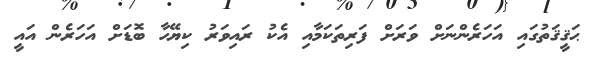
ޙަޤީޤަތުގައި އަހަރެންނަށް ވަރަށް ފަރިތަކަމާއި އެކު ރައިވަރު ކިޔޭހާ ބޮޑަށް އަހަރެން އައީ